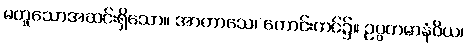
မတူသောအဆင်းရှိသော။ အာကာသေ၊ ကောင်းကင်၌။ ဥပ္ပတမာနံဝိယ၊